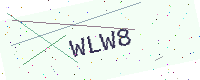
Text: WLW8